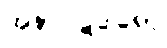
အနာဝဋဒွါရော